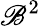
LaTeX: \mathscr{B}^{2}